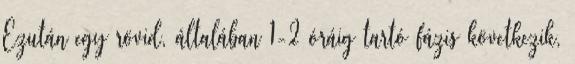
Ezután egy rövid, általában 1-2 óráig tartó fázis következik,